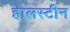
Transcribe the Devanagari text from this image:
हालस्टीन